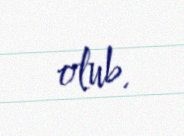
olub.